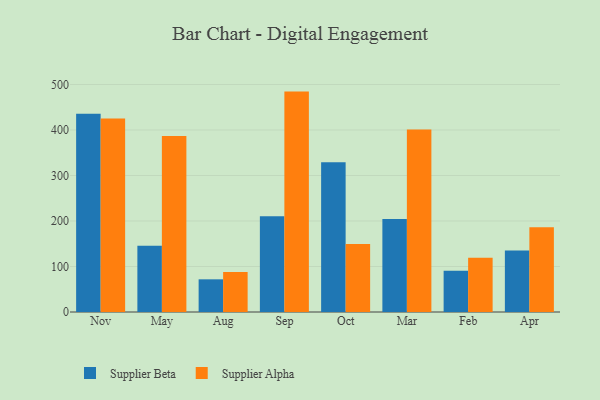
{"axis": {"x": "Month", "y": "Temperature (°C)"}, "legend": ["Supplier Alpha", "Supplier Beta"], "data": [{"x": "Nov", "y": 435.5, "type": "Supplier Beta"}, {"x": "Nov", "y": 425.5, "type": "Supplier Alpha"}, {"x": "May", "y": 145.5, "type": "Supplier Beta"}, {"x": "May", "y": 387.0, "type": "Supplier Alpha"}, {"x": "Aug", "y": 71.8, "type": "Supplier Beta"}, {"x": "Aug", "y": 88.1, "type": "Supplier Alpha"}, {"x": "Sep", "y": 210.3, "type": "Supplier Beta"}, {"x": "Sep", "y": 484.4, "type": "Supplier Alpha"}, {"x": "Oct", "y": 329.3, "type": "Supplier Beta"}, {"x": "Oct", "y": 149.5, "type": "Supplier Alpha"}, {"x": "Mar", "y": 204.6, "type": "Supplier Beta"}, {"x": "Mar", "y": 401.1, "type": "Supplier Alpha"}, {"x": "Feb", "y": 90.4, "type": "Supplier Beta"}, {"x": "Feb", "y": 119.2, "type": "Supplier Alpha"}, {"x": "Apr", "y": 135.4, "type": "Supplier Beta"}, {"x": "Apr", "y": 186.0, "type": "Supplier Alpha"}]}